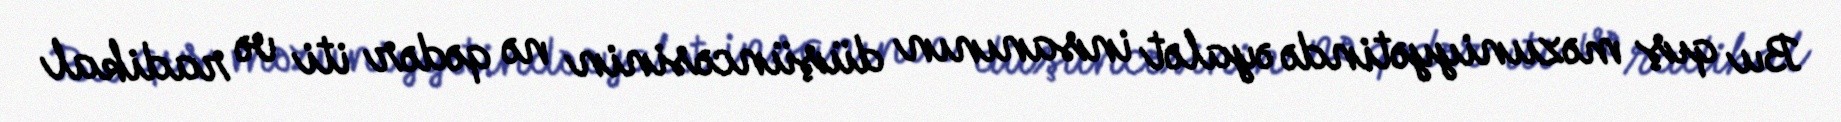
Bu qış məzuniyyətində əyalət insanının düşüncəsinin nə qədər iti və radikal